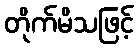
တိုက်မိသဖြင့်